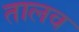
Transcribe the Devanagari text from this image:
तालव